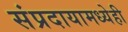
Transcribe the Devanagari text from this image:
संप्रदायामध्येही